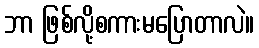
ဘာ ဖြစ်လို့စကားမပြောတာလဲ။